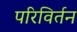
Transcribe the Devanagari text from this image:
परिविर्तन